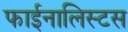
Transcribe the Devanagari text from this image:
फाईनालिस्टस